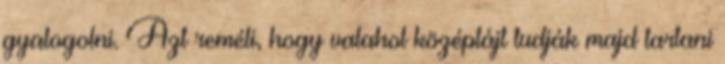
gyalogolni. Azt reméli, hogy valahol középtájt tudják majd tartani